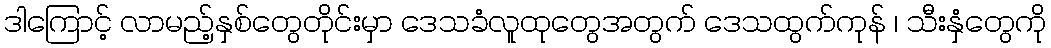
ဒါကြောင့် လာမည့်နှစ်တွေတိုင်းမှာ ဒေသခံလူထုတွေအတွက် ဒေသထွက်ကုန် ၊ သီးနှံတွေကို